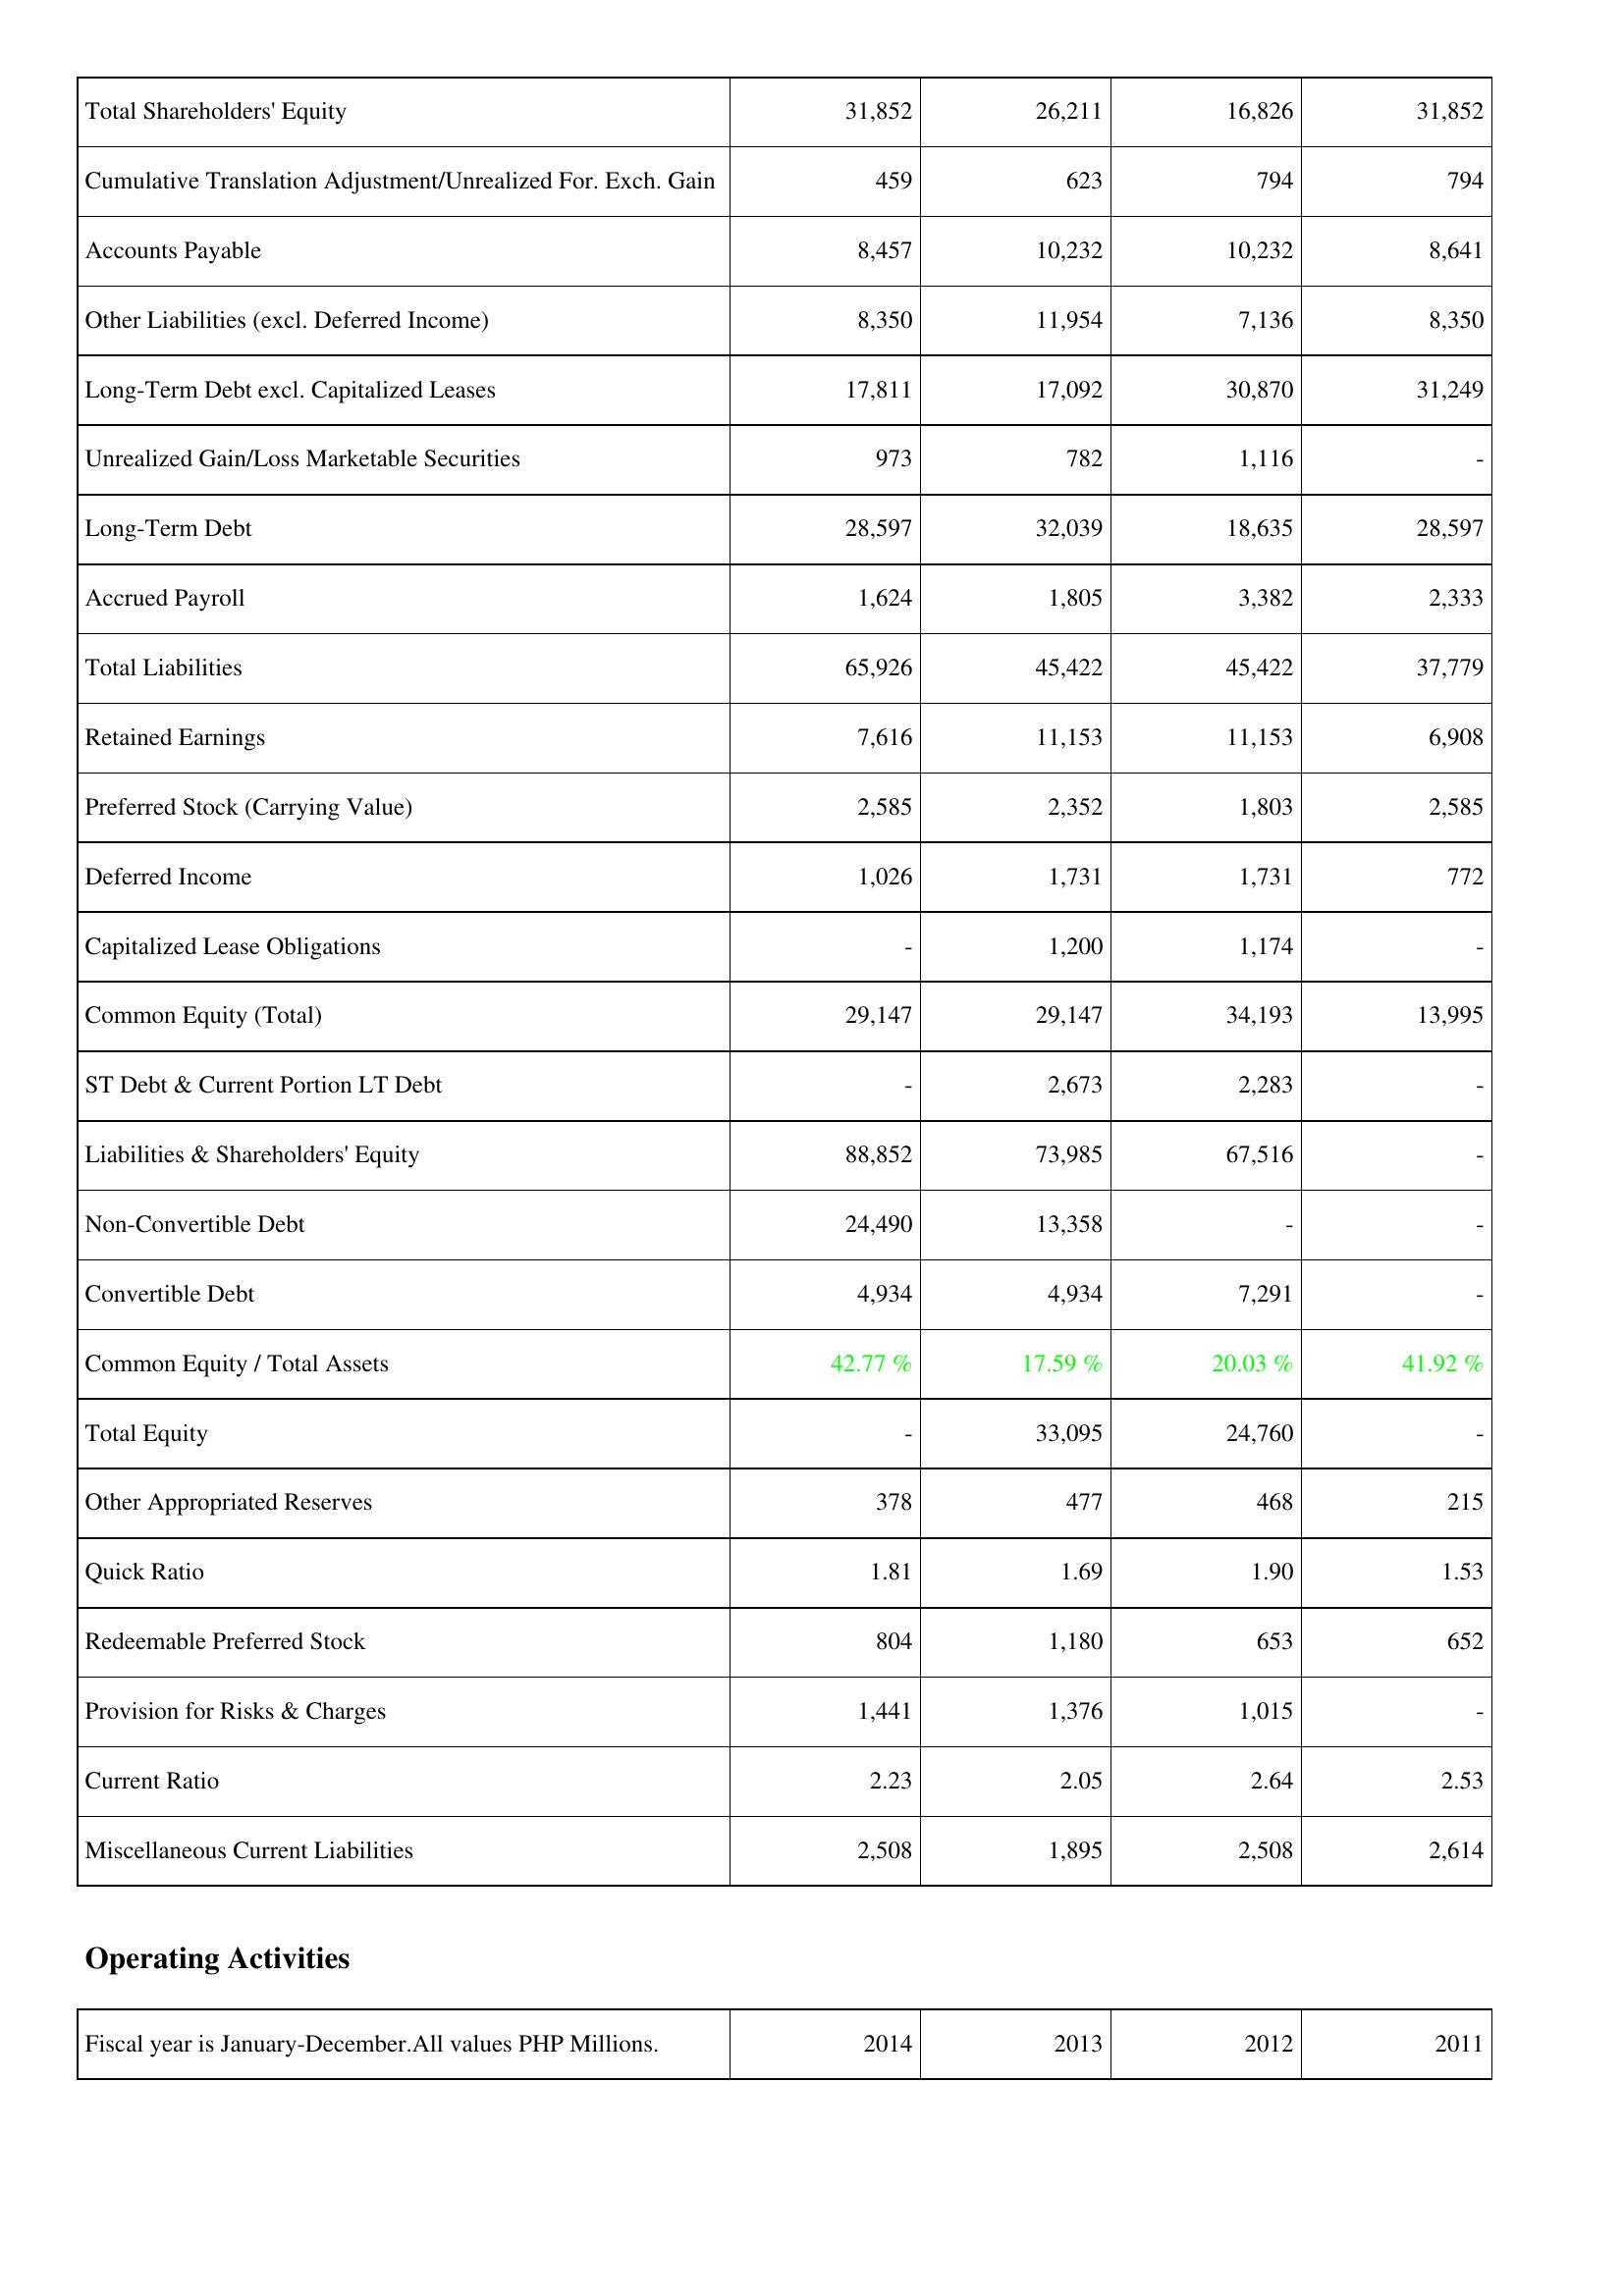
2014: Liabilities & Shareholders' Equity: Total Shareholders' Equity: 31,852
Cumulative Translation Adjustment/Unrealized For. Exch. Gain: 459
Accounts Payable: 8,457
Other Liabilities (excl. Deferred Income): 8,350
Long-Term Debt excl. Capitalized Leases: 17,811
Unrealized Gain/Loss Marketable Securities: 973
Long-Term Debt: 28,597
Accrued Payroll: 1,624
Total Liabilities: 65,926
Retained Earnings: 7,616
Preferred Stock (Carrying Value): 2,585
Deferred Income: 1,026
Capitalized Lease Obligations: -
Common Equity (Total): 29,147
ST Debt & Current Portion LT Debt: -
Liabilities & Shareholders' Equity: 88,852
Non-Convertible Debt: 24,490
Convertible Debt: 4,934
Common Equity / Total Assets: 42.77 %
Total Equity: -
Other Appropriated Reserves: 378
Quick Ratio: 1.81
Redeemable Preferred Stock: 804
Provision for Risks & Charges: 1,441
Current Ratio: 2.23
Miscellaneous Current Liabilities: 2,508
2013: Liabilities & Shareholders' Equity: Total Shareholders' Equity: 26,211
Cumulative Translation Adjustment/Unrealized For. Exch. Gain: 623
Accounts Payable: 10,232
Other Liabilities (excl. Deferred Income): 11,954
Long-Term Debt excl. Capitalized Leases: 17,092
Unrealized Gain/Loss Marketable Securities: 782
Long-Term Debt: 32,039
Accrued Payroll: 1,805
Total Liabilities: 45,422
Retained Earnings: 11,153
Preferred Stock (Carrying Value): 2,352
Deferred Income: 1,731
Capitalized Lease Obligations: 1,200
Common Equity (Total): 29,147
ST Debt & Current Portion LT Debt: 2,673
Liabilities & Shareholders' Equity: 73,985
Non-Convertible Debt: 13,358
Convertible Debt: 4,934
Common Equity / Total Assets: 17.59 %
Total Equity: 33,095
Other Appropriated Reserves: 477
Quick Ratio: 1.69
Redeemable Preferred Stock: 1,180
Provision for Risks & Charges: 1,376
Current Ratio: 2.05
Miscellaneous Current Liabilities: 1,895
2012: Liabilities & Shareholders' Equity: Total Shareholders' Equity: 16,826
Cumulative Translation Adjustment/Unrealized For. Exch. Gain: 794
Accounts Payable: 10,232
Other Liabilities (excl. Deferred Income): 7,136
Long-Term Debt excl. Capitalized Leases: 30,870
Unrealized Gain/Loss Marketable Securities: 1,116
Long-Term Debt: 18,635
Accrued Payroll: 3,382
Total Liabilities: 45,422
Retained Earnings: 11,153
Preferred Stock (Carrying Value): 1,803
Deferred Income: 1,731
Capitalized Lease Obligations: 1,174
Common Equity (Total): 34,193
ST Debt & Current Portion LT Debt: 2,283
Liabilities & Shareholders' Equity: 67,516
Non-Convertible Debt: -
Convertible Debt: 7,291
Common Equity / Total Assets: 20.03 %
Total Equity: 24,760
Other Appropriated Reserves: 468
Quick Ratio: 1.90
Redeemable Preferred Stock: 653
Provision for Risks & Charges: 1,015
Current Ratio: 2.64
Miscellaneous Current Liabilities: 2,508
2011: Liabilities & Shareholders' Equity: Total Shareholders' Equity: 31,852
Cumulative Translation Adjustment/Unrealized For. Exch. Gain: 794
Accounts Payable: 8,641
Other Liabilities (excl. Deferred Income): 8,350
Long-Term Debt excl. Capitalized Leases: 31,249
Unrealized Gain/Loss Marketable Securities: -
Long-Term Debt: 28,597
Accrued Payroll: 2,333
Total Liabilities: 37,779
Retained Earnings: 6,908
Preferred Stock (Carrying Value): 2,585
Deferred Income: 772
Capitalized Lease Obligations: -
Common Equity (Total): 13,995
ST Debt & Current Portion LT Debt: -
Liabilities & Shareholders' Equity: -
Non-Convertible Debt: -
Convertible Debt: -
Common Equity / Total Assets: 41.92 %
Total Equity: -
Other Appropriated Reserves: 215
Quick Ratio: 1.53
Redeemable Preferred Stock: 652
Provision for Risks & Charges: -
Current Ratio: 2.53
Miscellaneous Current Liabilities: 2,614